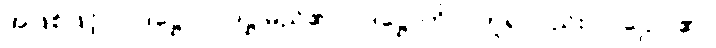
အဖြစ်ဖြင့်။ ပါဒဋ္ဌော၊ ပါဒဋ္ဌ မည်၏။ ပဒဋ္ဌောတိပိ၊ ဟူ၍လည်း။ ပါဌော၊ ၏။